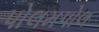
પોલમપોલ